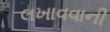
લખાવવાની